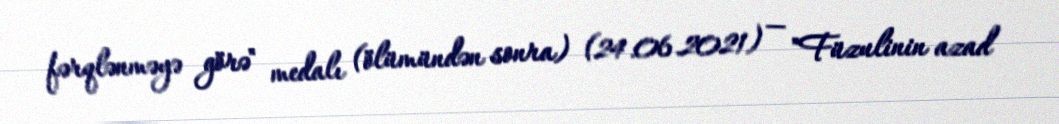
fərqlənməyə görə" medalı (ölümündən sonra) (24.06.2021) — "Füzulinin azad